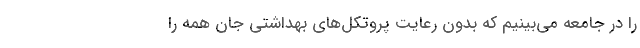
را در جامعه می‌بینیم که بدون رعایتِ پروتکل‌های بهداشتی جان همه را